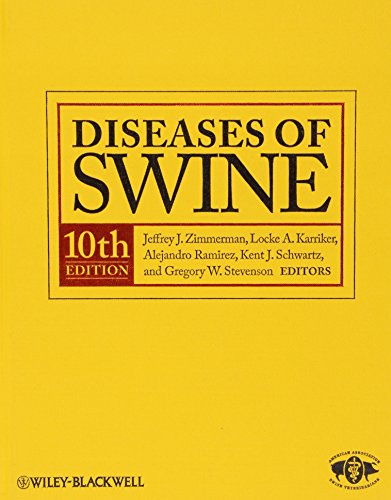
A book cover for Diseases of Swine; Crafts, Hobbies & Home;